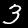
Digit: 3